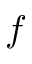
f